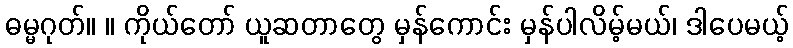
ဓမ္မဂုတ်။ ။ ကိုယ်တော် ယူဆတာတွေ မှန်ကောင်း မှန်ပါလိမ့်မယ်၊ ဒါပေမယ့်